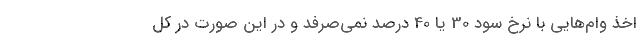
اخذ وام‌هایی با نرخ سود 30 یا 40 درصد نمی‌صرفد و در این صورت در کل